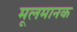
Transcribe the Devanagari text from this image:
मूलमानक